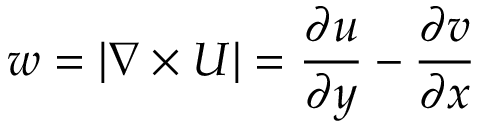
w = | \nabla \times \boldsymbol { U } | = \frac { \partial u } { \partial y } - \frac { \partial v } { \partial x }